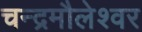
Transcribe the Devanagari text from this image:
चन्द्रमौलेश्वर